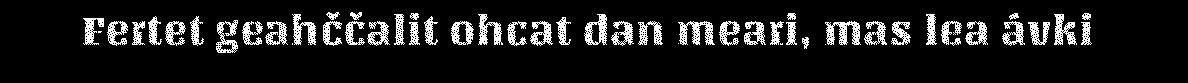
Fertet geahččalit ohcat dan meari, mas lea ávki